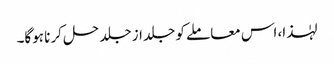
لہٰذا، اس معاملے کو جلد از جلد حل کرنا ہوگا۔